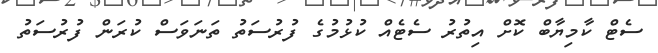
ސެޓް ކާމިޔާބް ކޮށް އިތުރު ސެޓެއް ކުޅުމުގެ ފުރުސަތު ތަނަވަސް ކުރަން ފުރުސަތު